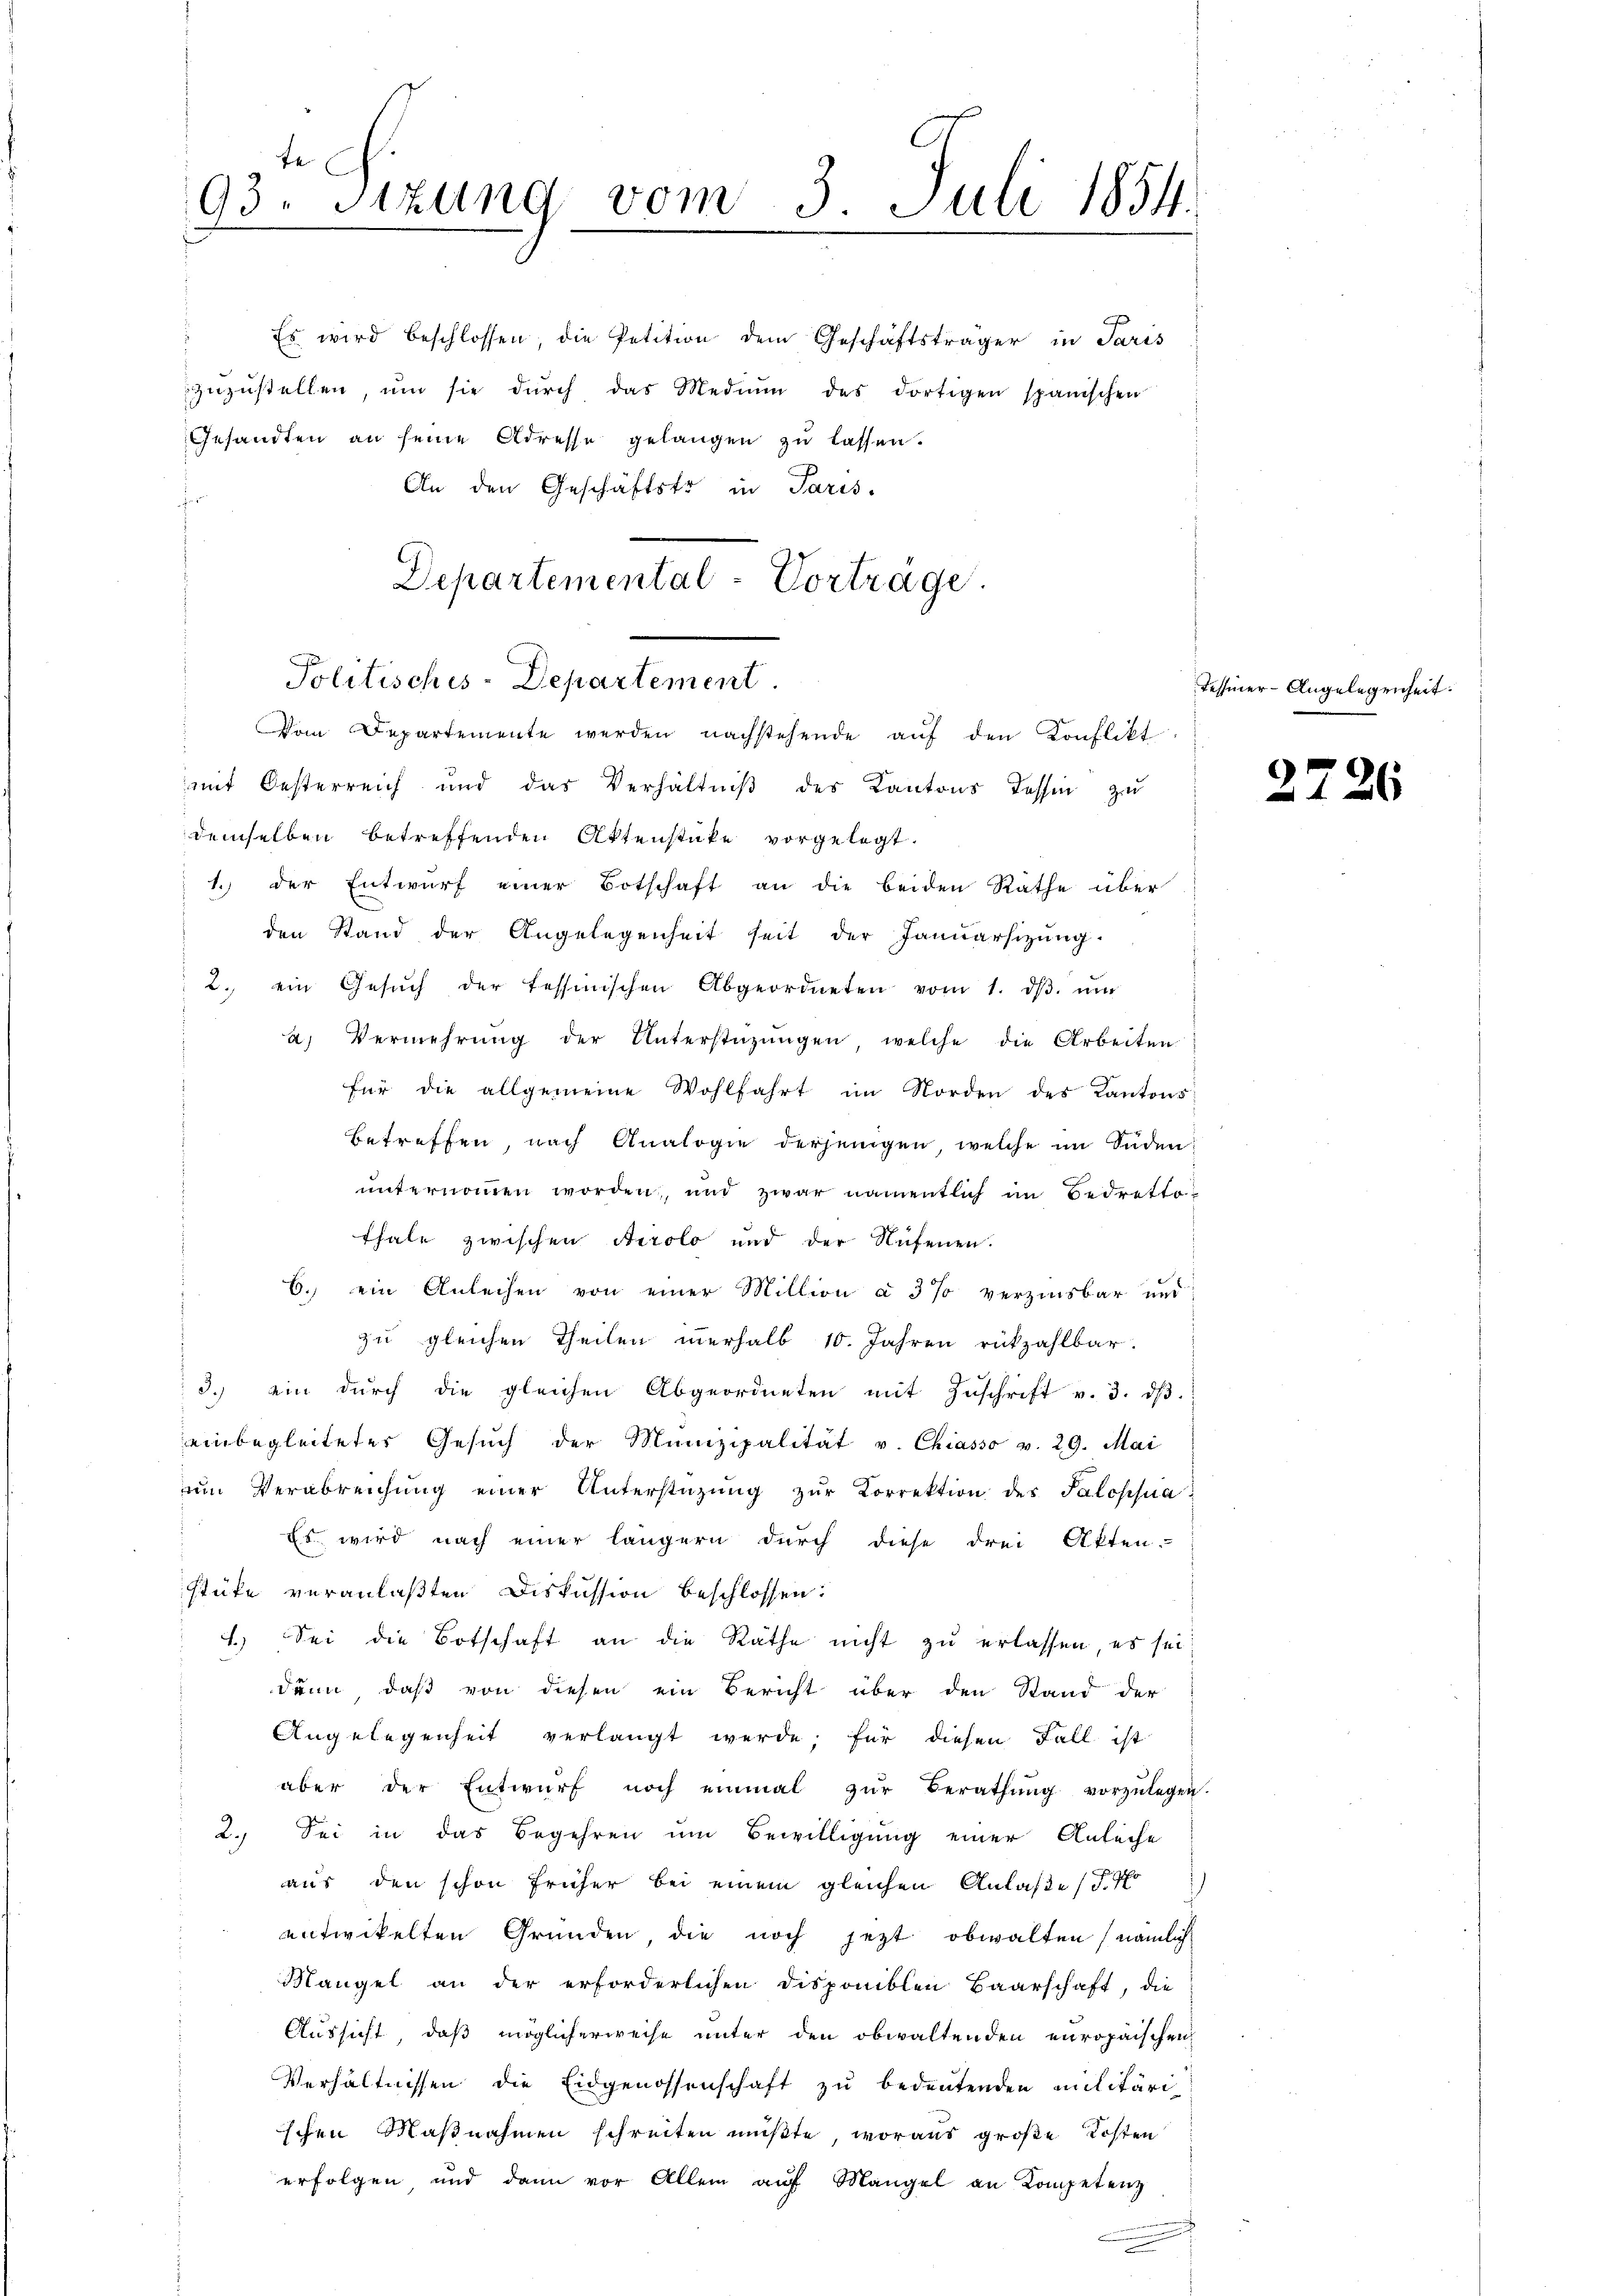
93. Sitzung vom 3. Juli 1854.
8

Es wird beschlossen, die Petition dem Geschäftsträger in Paris
zŭzŭstellen ŭm sie dŭrch das Mediŭm des dortigen spanischen
Gesandten an seine Adresse gelangen zu lassen.
An den Geschäftsto in Paris-
r
mit Oesterreich und das Verhältniβ des Kantons Tessin zu
demselben betreffenden Aktenstücke vorgelegt.
1. der Entwurf einer Botschaft an die beiden Rathe über
den Stand der Angelegenheit seit der Januarsizung
 2. ein Gesŭch der tessinischen Abgeordneten vom 1. dβ. ŭm
a) Vermehrŭng der Unterstützŭngen, welche die Arbeiten
für die allgemeine Wohlfahrt im Norden des Kantons
betreffen, nach Analogie derjenigen, welche im Süden
unternommen worden, und zwar namentlich im Bedrettothale zwischen Airolo und der Nufenen.
6. ein Anleihen von einer Million à 3% verzinsbar und
zu gleichen Theilen verhalb 10. Jahren rückzahlbar.
3.) ein durch die gleichen Abgeordneten mit Zuschrift v. 3. dβ.
einbegleitetes Gesŭch der Munizipalität v. Chiasso v. 29. Mai
ŭm Verabreichŭng einer Unterstützŭng zŭr Korrektion des Salopsua
Es wird nach einer längern durch diese drei Akten.
stüke veranlaßten Diskussion beschlossen:
4.) Sei die Botschaft an die Räthe nicht zu erlassen, es sei
dann, daß von diesen ein Bericht über den Stand der
Angelegenheit verlangt werde; für diesen Fall ist
aber der Entwŭrf noch einmal zŭr Berathŭng vorzŭlegen.
2. Sei in das Begehren um Bewilligung einer Anleihe
aus den schon früher bei einem gleichen Anlaße / Po
entwickelten Gründen, die noch jezt obwalten (nämlich
Mangel an der erforderlichen Disponiblen Baarschaft, die
Aussicht, daß möglicherweise unter den obwaltenden europäischen
Verhältnissen die Eidgenossenschaft zu bedeutenden Militäri
schen Maßnahmen schreiten müßte, woraus große Kosten
erfolgen und dann vor Allem aŭf Mangel an Kompetenz

Departemental-Vorträge.
Politisches-Departement.
Vom Departemente werden nachstehende aŭf den Konflikt

Tessiner-Angelegenheit.

22

26